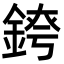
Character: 𨨆